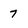
Character: 7